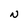
Character: N